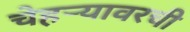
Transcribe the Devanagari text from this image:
चेहऱ्यावरची